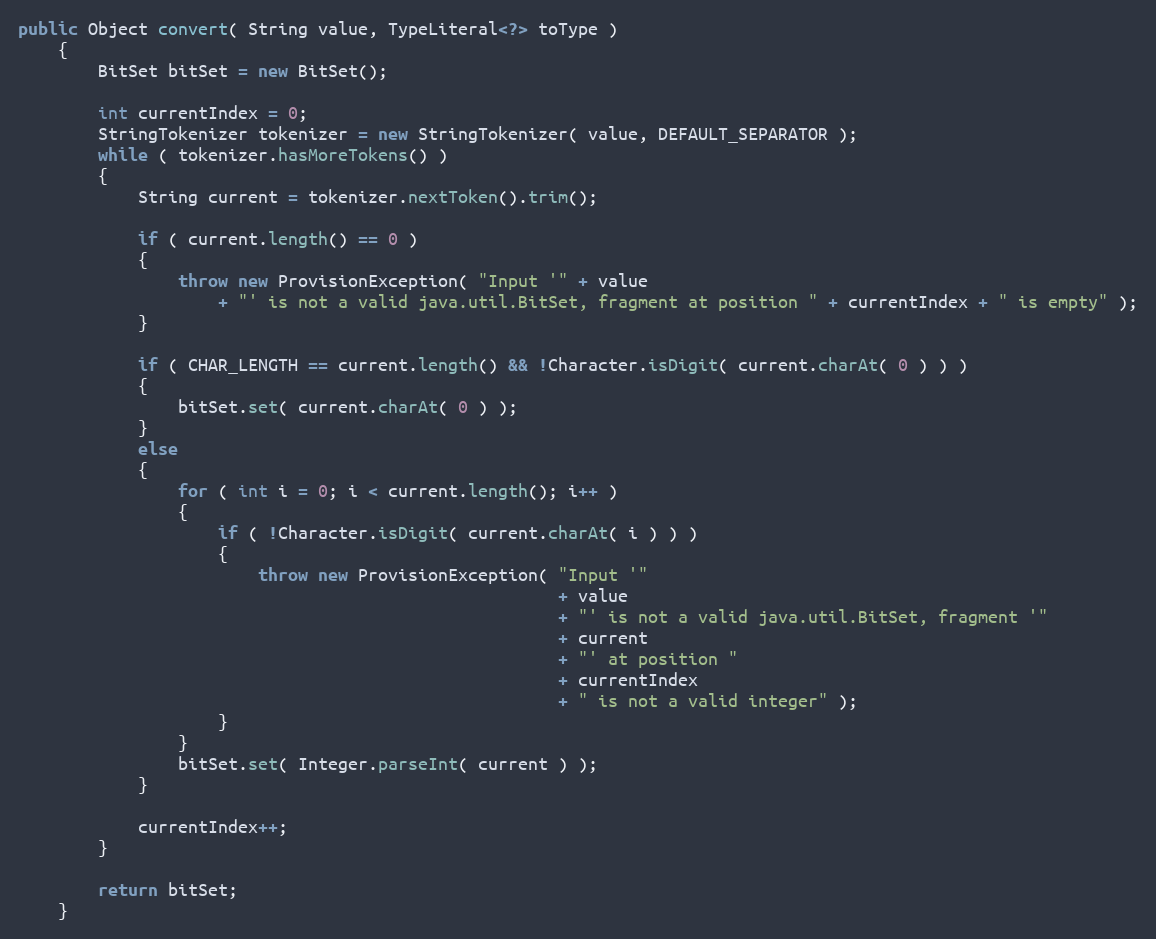
Language: Java
public Object convert( String value, TypeLiteral<?> toType )
    {
        BitSet bitSet = new BitSet();

        int currentIndex = 0;
        StringTokenizer tokenizer = new StringTokenizer( value, DEFAULT_SEPARATOR );
        while ( tokenizer.hasMoreTokens() )
        {
            String current = tokenizer.nextToken().trim();

            if ( current.length() == 0 )
            {
                throw new ProvisionException( "Input '" + value
                    + "' is not a valid java.util.BitSet, fragment at position " + currentIndex + " is empty" );
            }

            if ( CHAR_LENGTH == current.length() && !Character.isDigit( current.charAt( 0 ) ) )
            {
                bitSet.set( current.charAt( 0 ) );
            }
            else
            {
                for ( int i = 0; i < current.length(); i++ )
                {
                    if ( !Character.isDigit( current.charAt( i ) ) )
                    {
                        throw new ProvisionException( "Input '"
                                                      + value
                                                      + "' is not a valid java.util.BitSet, fragment '"
                                                      + current
                                                      + "' at position "
                                                      + currentIndex
                                                      + " is not a valid integer" );
                    }
                }
                bitSet.set( Integer.parseInt( current ) );
            }

            currentIndex++;
        }

        return bitSet;
    }